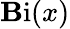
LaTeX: \operatorname{\mathbf{B}i}(x)